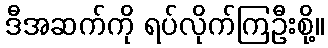
ဒီအဆက်ကို ရပ်လိုက်ကြဦးစို့။